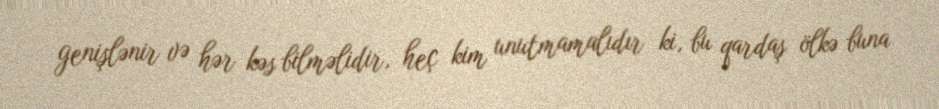
genişlənir və hər kəs bilməlidir, heç kim unutmamalıdır ki, bu qardaş ölkə buna